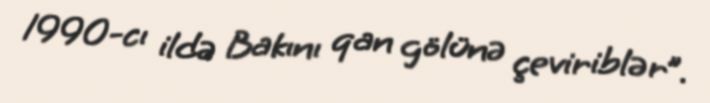
1990-cı ildə Bakını qan gölünə çeviriblər”.